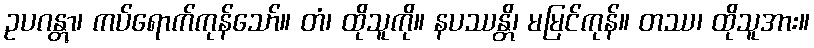
ဥပဂန္တွာ၊ ကပ်ရောက်ကုန်သော်။ တံ၊ ထိုသူကို။ နပဿန္တိ၊ မမြင်ကုန်။ တဿ၊ ထိုသူအား။